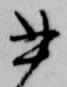
書